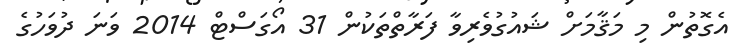
އެގޮތުން މި މަޤާމަށް ޝައުގުވެރިވާ ފަރާތްތަކުން 31 އޯގަސްޓް 2014 ވަނަ ދުވަހުގެ